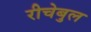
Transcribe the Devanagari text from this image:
रीचेबुल